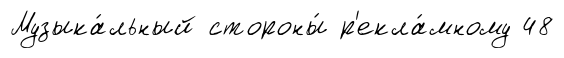
Музыка́льный стороны́ р'екла́мному 48